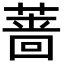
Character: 蔷